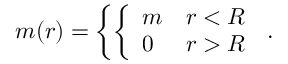
m ( r ) = \left\{ \left\{ \begin{array} { l l } { { m } } & { { r < R } } \\ { { 0 } } & { { r > R } } \end{array} \right. \right. .